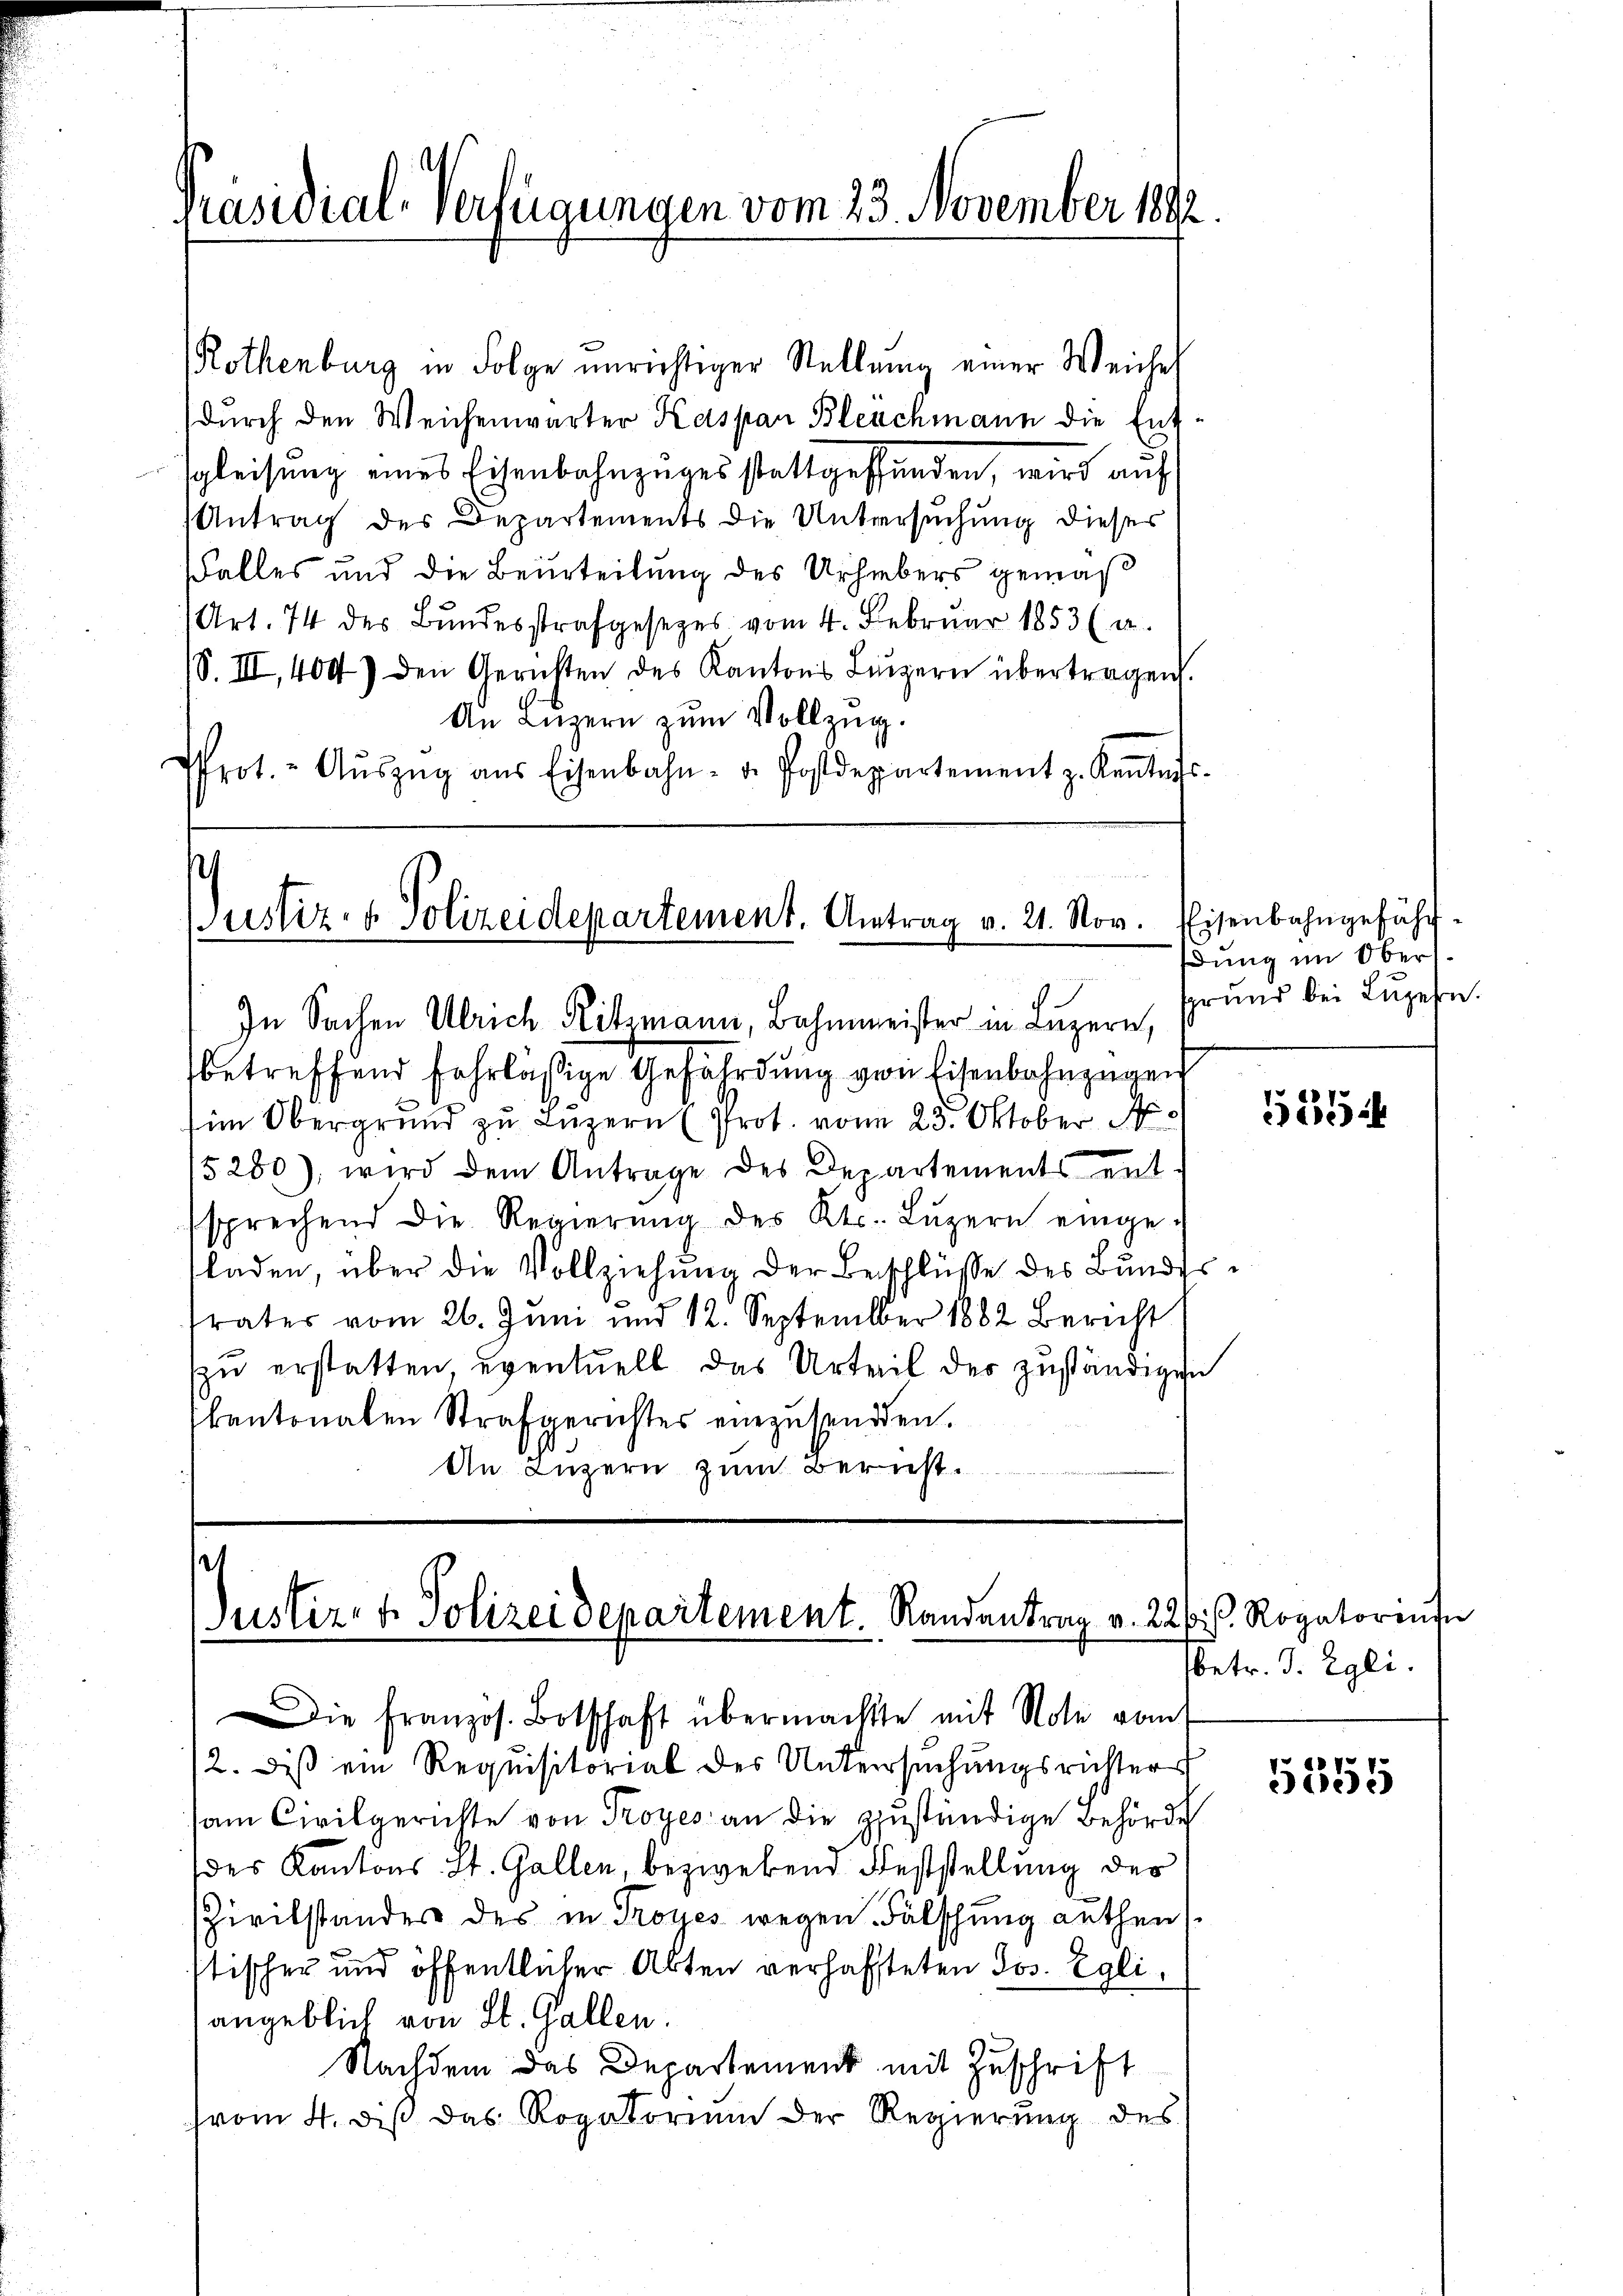
Präsidial-Verfügungen vom 23. November 1892

Rothenburg in Folge unrichtiger Stellung einer Weiche
durch den Weichenwärter Kaspar Bleuchmann die Entsgleisung eines Eisenbahnzuges stattgefunden, wird auf
Antrag des Departements die Untersuchung dieser
Falles und die Beurteilung des Urhebers gemäß
Art. 74 des Bundesstrafgesezes vom 4. Februar 1853 (a.
(8. III, 4047 den Gerichten des Kantons Lŭzern übertragen.
An Luzern zum Vollzug.
rot. - Aŭszŭg aŭs Eisenbahn- u. Postdepartement z. Kantons-

uustiz- & Polizeidepartement. Antrag v. 21. Nov.

s
Justiz- & Polizeidepartement. Randantrag v. 22. s. Rogatorene
Die Franzos. Botschaft übermachte mit Note vom

In Sachen Ulrich Ritsmann, Bahnmeister in Luzern,
betreffend fahrlässige Gefährdung von Eisenbahnzügen
im Obergrund zu Luzern (Prot. vom 23. Oktober N
5280), wird dem Antrage des Departements ent-
sprechend die Regierŭng des Kts. Lŭzern einge-
laden, über die Vollziehung der Beschlüsse des Bundestvater vom 26. Juni und 12. September 1882 Bericht
zu erstatten eventuell das Urteil des zuständigen
kantonalen Strafgerichtes einzŭsenden.
An Luzern zum Beruht.

12. Dieß ein Requisitorial des Untersuchungsrichter
am Civilgerichte von Proyes an die zuständige Behörde
(des Kantons St. Gallen, bezwekend Feststellung des
Zivilstandes des in Troyes wegen Fälschung authen
stischer und öffentlicher Abten verhaffteten Jos. Egli
angeblich von St. Gallen.
Nachdem das Departement mit Zuschrift
vom 4. diβ das Rogatorium der Regierung des

Eisenbahngefährdung im Obers
grund bei Luzern.

5554

sbetr. J. Egli.

5355